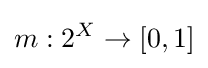
m:2^{X}\rightarrow [0,1]\,\!